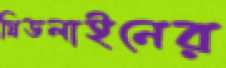
গ্রিডলাইনের